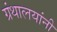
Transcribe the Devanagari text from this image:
ग्रंथालयांनी